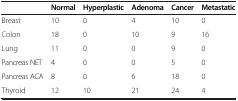
<table><thead><tr><td></td><td><b>Normal</b></td><td><b>Hyperplastic</b></td><td><b>Adenoma</b></td><td><b>Cancer</b></td><td><b>Metastatic</b></td></tr></thead><tbody><tr><td>Breast</td><td>10</td><td>0</td><td>4</td><td>10</td><td>0</td></tr><tr><td>Colon</td><td>18</td><td>0</td><td>10</td><td>9</td><td>16</td></tr><tr><td>Lung</td><td>11</td><td>0</td><td>0</td><td>9</td><td>0</td></tr><tr><td>Pancreas NET</td><td>4</td><td>0</td><td>0</td><td>5</td><td>0</td></tr><tr><td>Pancreas ACA</td><td>8</td><td>0</td><td>6</td><td>18</td><td>0</td></tr><tr><td>Thyroid</td><td>12</td><td>10</td><td>21</td><td>24</td><td>4</td></tr></tbody></table>